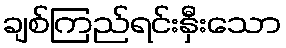
ချစ်ကြည်ရင်းနှီးသော